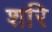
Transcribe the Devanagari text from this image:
शरि